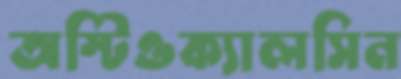
অস্টিওক্যালসিন